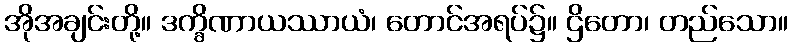
အိုအချင်းတို့။ ဒက္ခိဏာယဿာယံ၊ တောင်အရပ်၌။ ဌိတော၊ တည်သော။